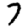
Digit: 7